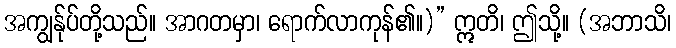
အကျွန်ုပ်တို့သည်။ အာဂတမှာ၊ ရောက်လာကုန်၏။)” ဣတိ၊ ဤသို့။ (အဘာသိ၊